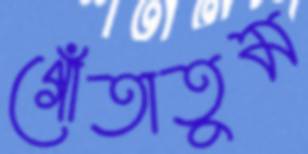
গোঁতাতুম